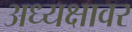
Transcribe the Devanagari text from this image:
अध्यक्षावर